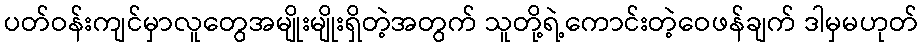
ပတ်ဝန်းကျင်မှာလူတွေအမျိုးမျိုးရှိတဲ့အတွက် သူတို့ရဲ့ကောင်းတဲ့ဝေဖန်ချက် ဒါမှမဟုတ်